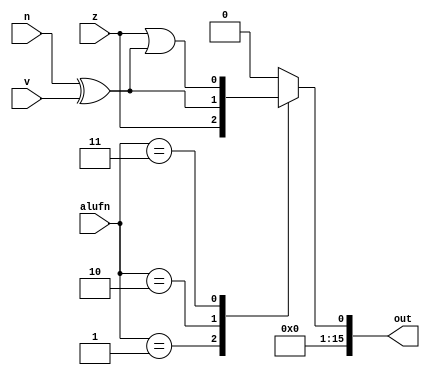
module comp16bit_4 (
    input z,
    input v,
    input n,
    input [1:0] alufn,
    output reg [15:0] out
  );
  
  
  
  always @* begin
    out = 16'h0000;
    
    case (alufn)
      2'h1: begin
        out[0+0-:1] = z;
      end
      2'h2: begin
        out[0+0-:1] = n ^ v;
      end
      2'h3: begin
        out[0+0-:1] = z | (n ^ v);
      end
      default: begin
        out[0+0-:1] = 1'h0;
      end
    endcase
  end
endmodule